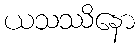
ယသဿိနော